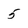
Character: 5